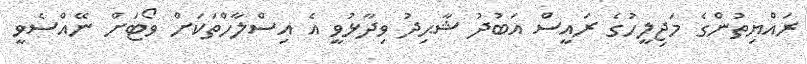
ރައްޔިތުންގެ މަޖިލީހުގެ ރައީސް އަބުދު ޝާޙިދު ވިދާޅުވީ އެ އިސްލާހްތަކަށް ވޯޓަށް ނޭއްސެވީ